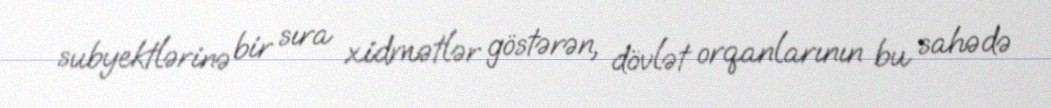
subyektlərinə bir sıra xidmətlər göstərən, dövlət orqanlarının bu sahədə